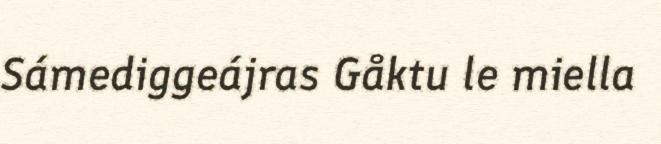
Sámediggeájras Gåktu le miella